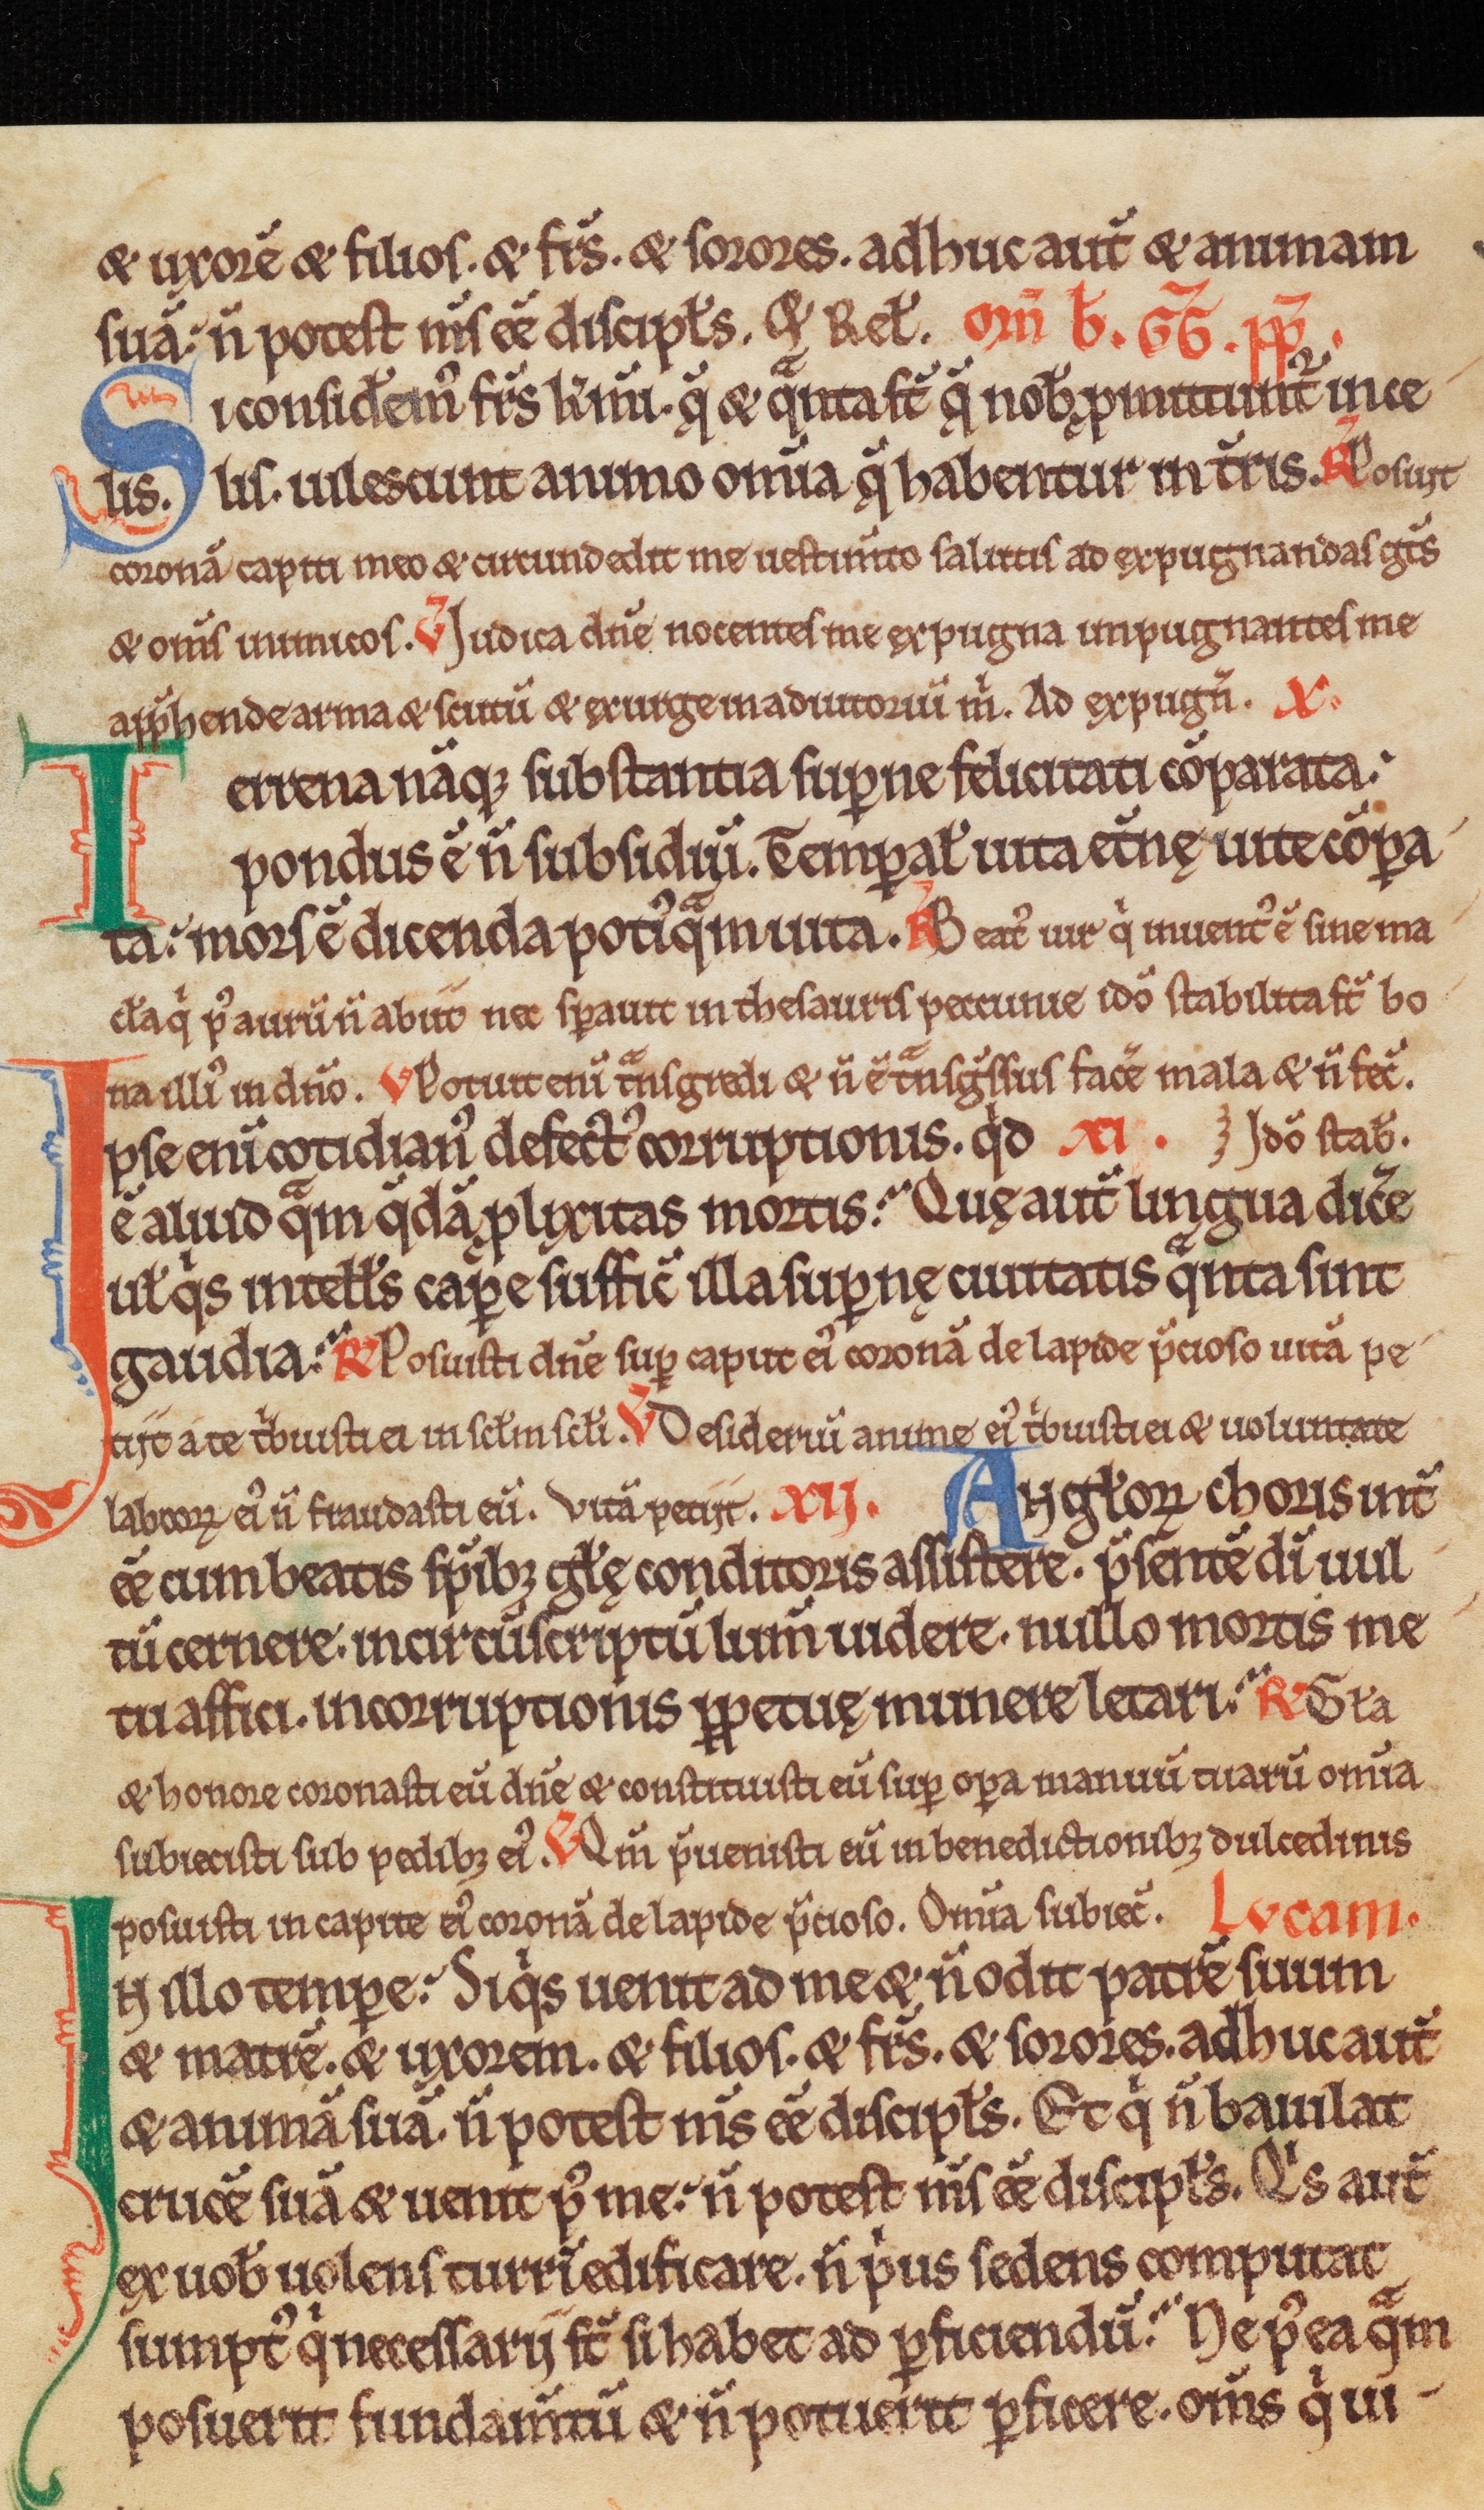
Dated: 1150–1199